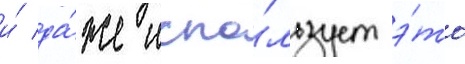
и́ да́же испо́льзует э́то